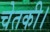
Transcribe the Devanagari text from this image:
चेतकी।